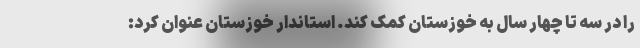
را در سه تا چهار سال به خوزستان کمک کند. استاندار خوزستان عنوان کرد: